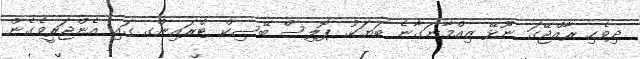
ދިވެހި ރާއްޖޭގަ ނޫޅޭ ޒިއްމާނަގާނެ ބަޔަކު. ޕޮލިސް ބޭސިކް ޓްރައިންގ ގައި އެންޖަރީވެގެން